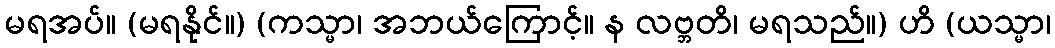
မရအပ်။ (မရနိုင်။) (ကသ္မာ၊ အဘယ်ကြောင့်။ န လဗ္ဘတိ၊ မရသည်။) ဟိ (ယသ္မာ၊